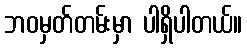
ဘဝမှတ်တမ်းမှာ ပါရှိပါတယ်။